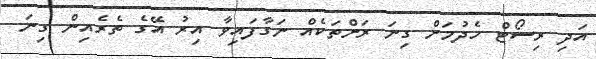
އަދި ރިސޯޓް ހެދުމަށް ގިނަ ރަށްތަކެއް ނަގާފައިވާ އިރު އޭގެ ތެރެއިން ގިނަ